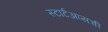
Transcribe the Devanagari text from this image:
स्टार्टअप्सची